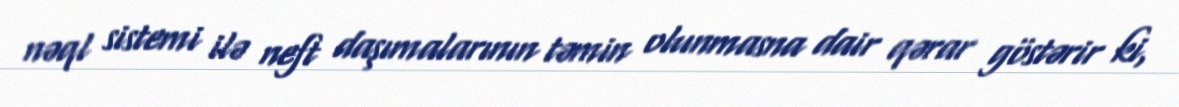
nəql sistemi ilə neft daşımalarının təmin olunmasna dair qərar göstərir ki,